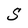
Character: S